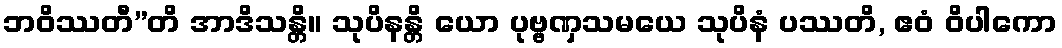
ဘဝိဿတီ”တိ အာဒိသန္တိ။ သုပိနန္တိ ယော ပုဗ္ဗဏှသမယေ သုပိနံ ပဿတိ, ဧဝံ ဝိပါကော